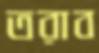
তরাব